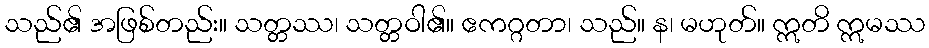
သည်၏ အဖြစ်တည်း။ သတ္တဿ၊ သတ္တဝါ၏။ ဧကဂ္ဂတာ၊ သည်။ န၊ မဟုတ်။ ဣတိ ဣမဿ